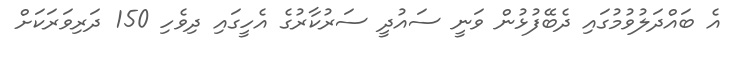
އެ ބައްދަލުވުމުގައި ދެބޭފުޅުން ވަނީ ސައުދީ ސަރުކާރުގެ އެހީގައި ދިވެހި 150 ދަރިވަރަކަށް